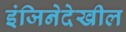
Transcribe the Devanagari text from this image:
इंजिनेदेखील